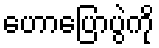
ဟောပြောပွဲကို